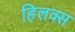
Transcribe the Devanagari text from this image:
हिलक्स